Vaccination in Bombay 1913-1923 - 1913-1923
Year: 1913
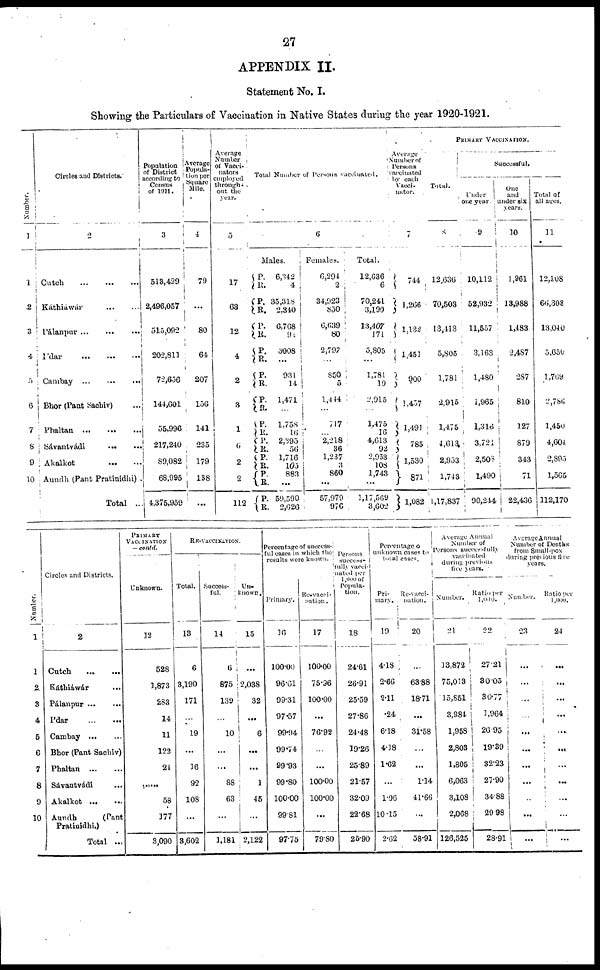
27
APPENDIX II.
Statement No. I.
Showing the Particulars of Vaccination in Native States during the year 1920-1921.
Number.
1
1
2
3
4
5
6
7
8
9
10
Circles and Districts.
2
Cutch
...
...
...
Káthiáwár
...
...
Pálanpur
...
...
...
Ídar
...
...
...
Cambay
...
...
...
Bhor (Pant Sachiv) ...
Phaltan
...
...
...
Sávantvádi
...
...
Akalkot
...
...
Aundh (Pant Pratinidhi).
Total ...
Population
of District
according to
Census
of 1911.
3
513,429
2,496,057
515,092
202,811
72,656
144,601
55,996
217,240
89,082
68,995
4,375,959
Average
Popula-
tion per
Square
Mile.
4
79
...
80
64
207
156
141
235
179
138
...
Average
Number
of Vacci-
nators
employed
through-
out the
year.
5
17
63
12
4
2
3
1
6
2
2
112
Total Number of Persons vaccinated.
6
Males.
P.
R.
P.
R.
P.
R.
P.
R.
P.
R.
P.
R.
P.
R.
P.
R. P.
R.
P.
R.
P.
R.
6,342
4
35,318
2,340
6,768
94
3008
...
931
14
1,471
...
1,758
16
2,395
56
1,716
105
883
...
59,590
2,626
Females.
6,294
2
34,923
850
6,639
80
2,797
...
850
5
1,444
...
717
...
2,218
36
1,237
3
860
...
57,979
976
Total.
12,636
6
70,241
3,190
13,407
171
5,805
...
1,781
19
2,915
...
1,475
16
4,613
92
2,953
108
1,743
...
1,17,569
3,602
Average
Number of
Persons
vaccinated
by each
Vacci-
nator.
7
744
1,266
1,132
1,451
900
1,457
1,491
785
1,530
871
1,082
PRIMARY VACCINATION.
Total.
8
12,636
70,503
13,113
5,805
1,781
2,915
1,475
4,613
2,953
1,743
1,17,837
Successful.
Under
one year.
9
10,112
52,932
11,557
3,163
1,480
1,965
1,316
3,721
2,508
1,490
90,244
One
and
under six
years.
10
1,961
13,988
1,483
2,487
287
810
127
879
343
71
22,436
Total of
all ages.
11
12,108
66,303
13,040
5,650
1,769
2,786
1,450
4,604
2,895
1,565
112,170
Number.
1
1
2
3
4
5
6
7
8
9
10
Circles and Districts.
2
Cutch
...
...
Káthiáwár ...
Pálanpur
...
...
Ídar
...
...
Cambay ... ...
Bhor (Pant Sachiv)
Phaltan
...
...
Sávantvádi ...
Akalkot
...
...
Aundh
(Pant
Pratinidhi.)
Total ...
PRIMARY
VACCINATION
— contd.
Unknown.
12
528
1,873
283
14
11
122
24
...
58
177
3,090
RE-VACCINATION.
Total.
13
6
3,190
171
...
19
...
16
92
108
...
3,602
Success-
ful.
14
6
875
139
...
10
...
...
88
63
...
3,181
Un-
known.
15
...
2,038
32
...
6
...
...
1
45
...
2,122
Percentage of success-
ful cases in which the
results were known.
Primary.
16
100.00
96.61
99.31
97.57
99.94
99.74
99.93
99.80
100.00
99.81
97.75
Re- vacci-
nation .
17
100.00
75.96
100.00
...
76.92
...
...
100.00
100.00
...
79.80
Persons
success-
fully vacci-
nated per
1,000 of
Popula-
tion.
18
24.61
26.91
25.59
27.86
24.48
19.26
25.89
21.57
32.09
22.68
25.90
Percentage of
unknown cases to
total cases.
Pri-
mary.
19
4.18
2.66
2.11
.24
6.18
4.18
1.62
...
1.96
10.15
2.62
Re-vacci-
nation.
20
...
63.88
18.71
...
31.58
...
...
1.14
41.66
...
58.91
Average Annual
Number of
Persons successfully
vaccinated
during previous
five
years.
Number.
21
13,872
75,013
15,851
3,984
1,958
2,803
1,805
6,063
3,108
2,068
126,525
Ratio per
1,000.
22
27.21
30.05
30.77
1,964
26.95
19.39
32.23
27.90
34.88
29.98
28.91
Average Annual
Number of Deaths
from Small-pox
during previous five
years.
Number.
23
...
...
...
...
...
...
...
...
...
...
...
Ratio per
1,000.
24
...
...
...
...
...
...
...
...
...
...
...